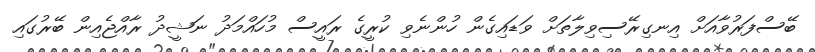
ބޭސްފަރުވާއަށް އިނގިރޭސިވިލާތަށް ވަޑައިގެން ހުންނެވި ކުރީގެ ރައީސް މުހައްމަދު ނަޝީދު ރާއްޖެއިން ބޭރުގައި